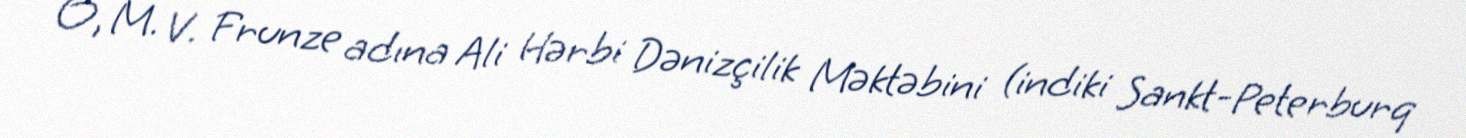
O, M. V. Frunze adına Ali Hərbi Dənizçilik Məktəbini (indiki Sankt-Peterburq